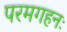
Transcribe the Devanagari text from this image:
परमगहनः